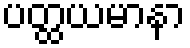
ပတ္ထယမာနာ